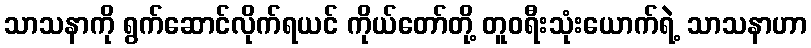
သာသနာကို ရွက်ဆောင်လိုက်ရယင် ကိုယ်တော်တို့ တူဝရီးသုံးယောက်ရဲ့ သာသနာဟာ